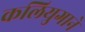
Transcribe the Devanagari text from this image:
कलियुगाने